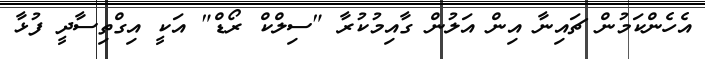
އެހެންކަމުން ޗައިނާ އިން އަލުން ގާއިމުކުރާ "ސިލްކް ރޯޑް" އަކީ އިގްތިސާދީ ފުޅާ